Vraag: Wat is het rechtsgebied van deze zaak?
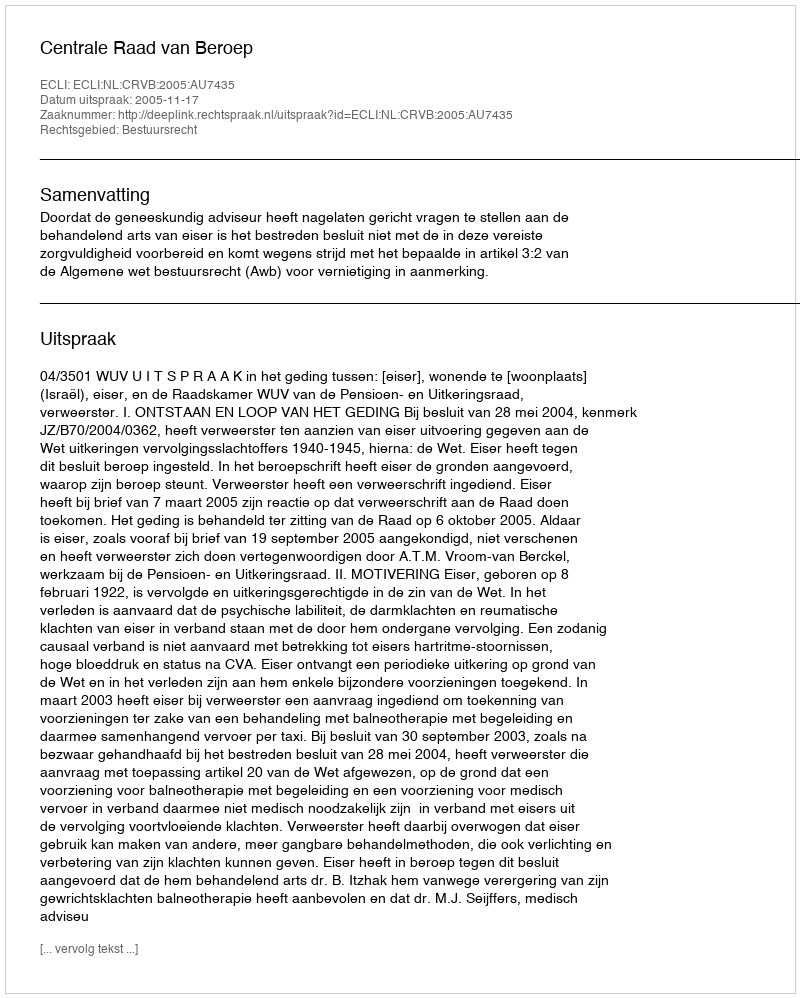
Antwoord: Bestuursrecht